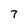
Character: 7